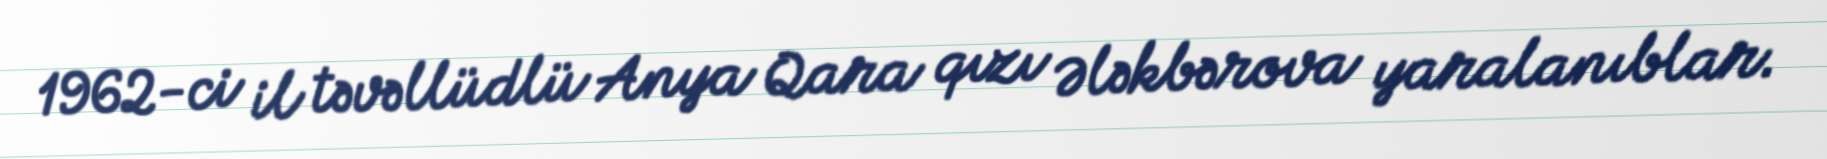
1962-ci il təvəllüdlü Anya Qara qızı Ələkbərova yaralanıblar.